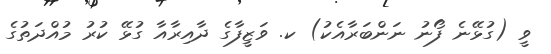
ވީ (ގުޅޭނެ ފޯނު ނަންބަރާއެކު) ކ. ވަޒީފާގެ ދާއިރާއާ ގުޅޭ ކުރު މުއްދަތުގެ